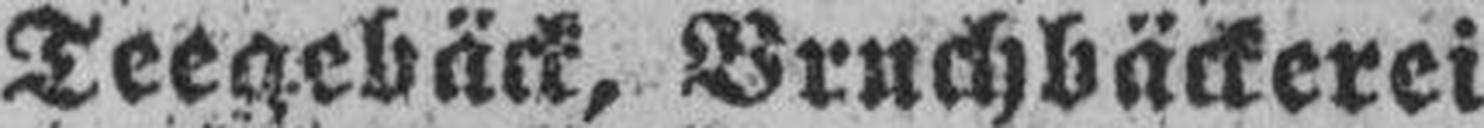
Teegebäck, Bruchbäckerei